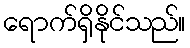
ရောက်ရှိနိုင်သည်။